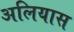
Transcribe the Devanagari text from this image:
अलियास